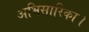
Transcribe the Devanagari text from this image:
अभिसारिका।